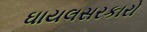
ઘાયલસરકારો